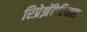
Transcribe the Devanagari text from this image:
रिप्रेझेंटेटिव्हस